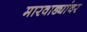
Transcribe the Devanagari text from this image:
मारवाड्यांवर